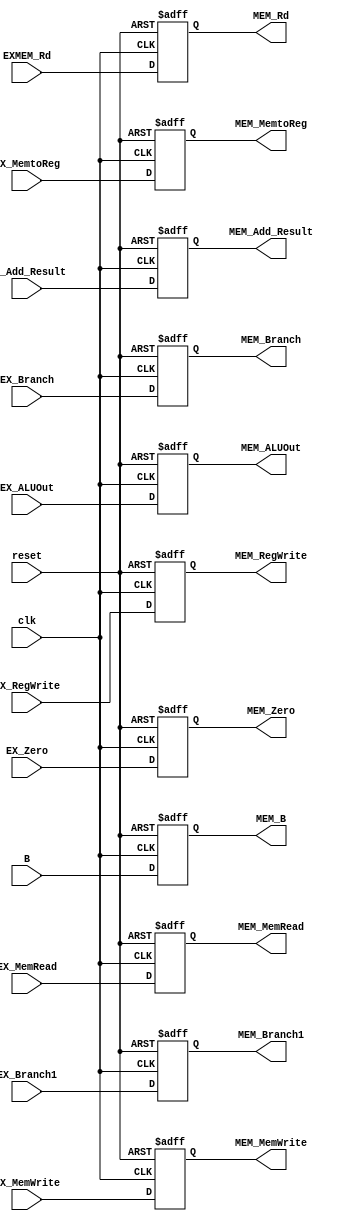
`timescale 1ns / 1ps
//////////////////////////////////////////////////////////////////////////////////
// Company: 
// Engineer: 
// 
// Design Name: 
// Module Name: EXMEM
// Project Name: 
// Target Devices: 
// Tool Versions: 
// Description: 
// 
// Dependencies: 
// 
// Revision:
// Revision 0.01 - File Created
// Additional Comments:
// 
//////////////////////////////////////////////////////////////////////////////////



module EXMEM(EXMEM_Rd ,B, EX_ALUOut,EX_Zero,EX_Add_Result,EX_Branch,EX_Branch1,EX_MemWrite,EX_MemRead,EX_MemtoReg,EX_RegWrite,
             MEM_Rd ,MEM_B, MEM_ALUOut,MEM_Zero,MEM_Add_Result,MEM_Branch,MEM_Branch1,MEM_MemWrite,MEM_MemRead,MEM_MemtoReg,MEM_RegWrite,
             clk,reset);

input [4:0] EXMEM_Rd ;
input [31:0] B, EX_ALUOut,EX_Add_Result;
input EX_Zero,EX_Branch,EX_Branch1,EX_MemWrite,EX_MemRead,EX_MemtoReg,EX_RegWrite;
output reg [4:0] MEM_Rd;
output reg [31:0] MEM_ALUOut,MEM_Add_Result,MEM_B;
output reg MEM_Zero,MEM_Branch,MEM_Branch1,MEM_MemWrite,MEM_MemRead,MEM_MemtoReg,MEM_RegWrite;
input wire clk,reset;

always @(posedge clk, negedge reset)
        begin
        
        if(reset==0)
        begin
        MEM_Rd			<= 0; 
        MEM_B           <= 0;
        MEM_ALUOut      <= 0;
        MEM_Zero        <= 0;
        MEM_Add_Result  <= 0;
        MEM_Branch      <= 0;
        MEM_Branch1     <= 0;
        MEM_MemWrite    <= 0;
        MEM_MemRead     <= 0;
        MEM_MemtoReg    <= 0;
        MEM_RegWrite    <= 0;
        end
        
        else
        begin
        MEM_Rd			<= EXMEM_Rd;
        MEM_B           <= B;
        MEM_ALUOut      <= EX_ALUOut;
        MEM_Zero        <= EX_Zero;
        MEM_Add_Result  <= EX_Add_Result;
        MEM_Branch      <= EX_Branch;
        MEM_Branch1     <= EX_Branch1;
        MEM_MemWrite    <= EX_MemWrite;
        MEM_MemRead     <= EX_MemRead;
        MEM_MemtoReg    <= EX_MemtoReg;
        MEM_RegWrite    <= EX_RegWrite;
        end
    end
    
endmodule